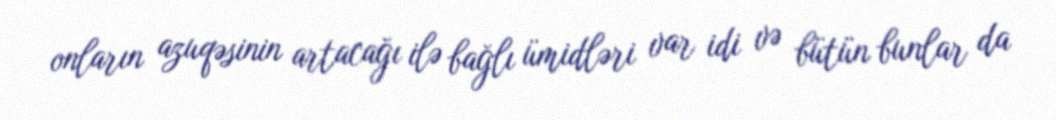
onların azuqəsinin artacağı ilə bağlı ümidləri var idi və bütün bunlar da